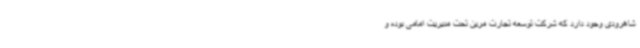
شاهرودی وجود دارد که شرکت توسعه تجارت مرین تحت مدیریت امامی بوده و